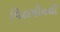
વિટામીનથી